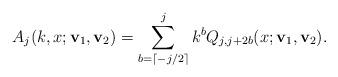
LaTeX: \begin{align*} A_j(k,x;\mathbf{v}_1,\mathbf{v}_2)=\sum_{b=\lceil -j/2\rceil}^{j}k^{b}Q_{j,j+2b}(x;\mathbf{v}_1,\mathbf{v}_2).\end{align*}